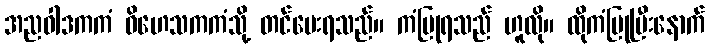
အညဝါဒကကံ ဝိဟေသကကံသို့ တင်ပေးရသည်။ ကံပြုရသည် ဟူလို။ ထိုကံပြုပြီးနောက်